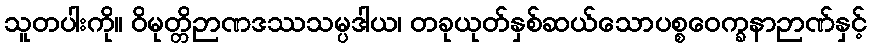
သူတပါးကို။ ဝိမုတ္တိဉာဏဒဿသမ္ပဒါယ၊ တခုယုတ်နှစ်ဆယ်သောပစ္စဝေက္ခနာဉာဏ်နှင့်